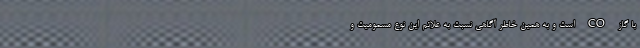
با گاز CO است و به همین خاطر آگاهی نسبت به علائم این نوع مسمومیت و